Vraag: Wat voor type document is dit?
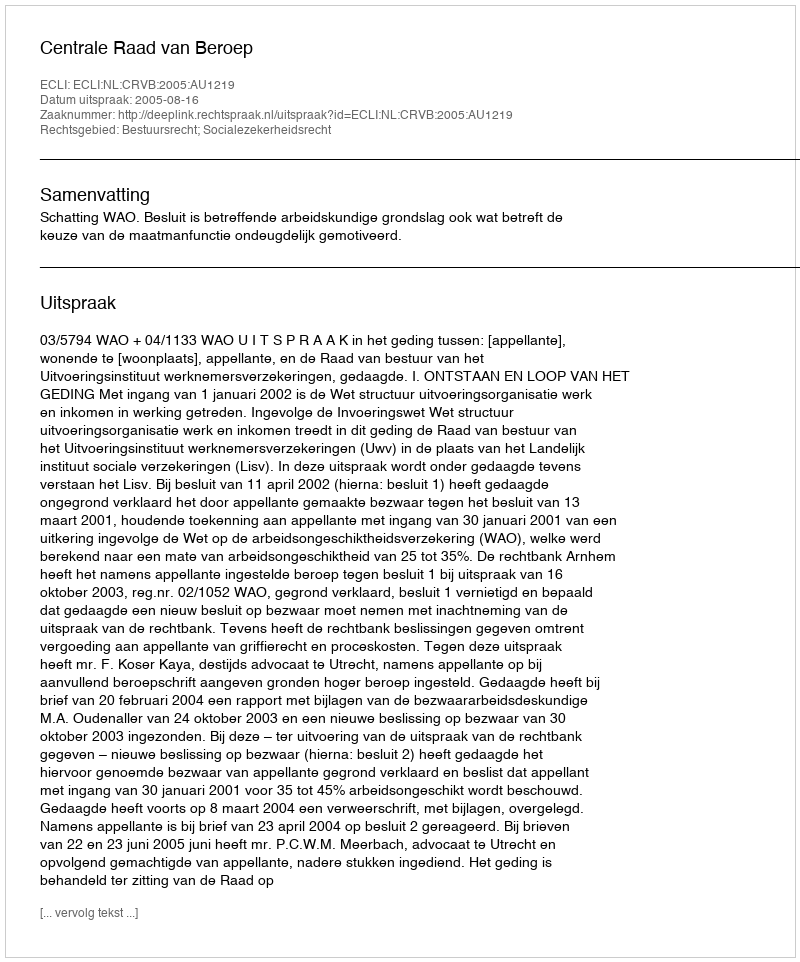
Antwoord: Uitspraak